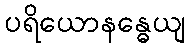
ပရိယောနန္ဓေယျ